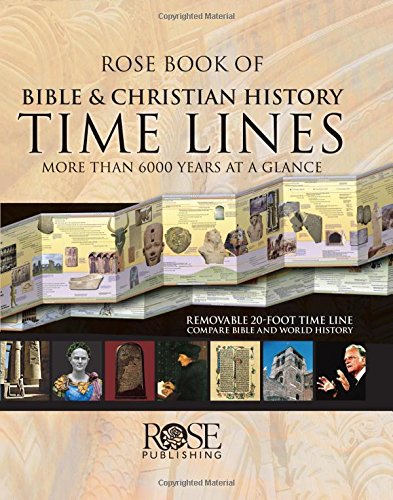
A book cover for Rose Book of Bible & Christian History Time Lines; Rose Publishing; Christian Books & Bibles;